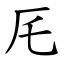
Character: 厇